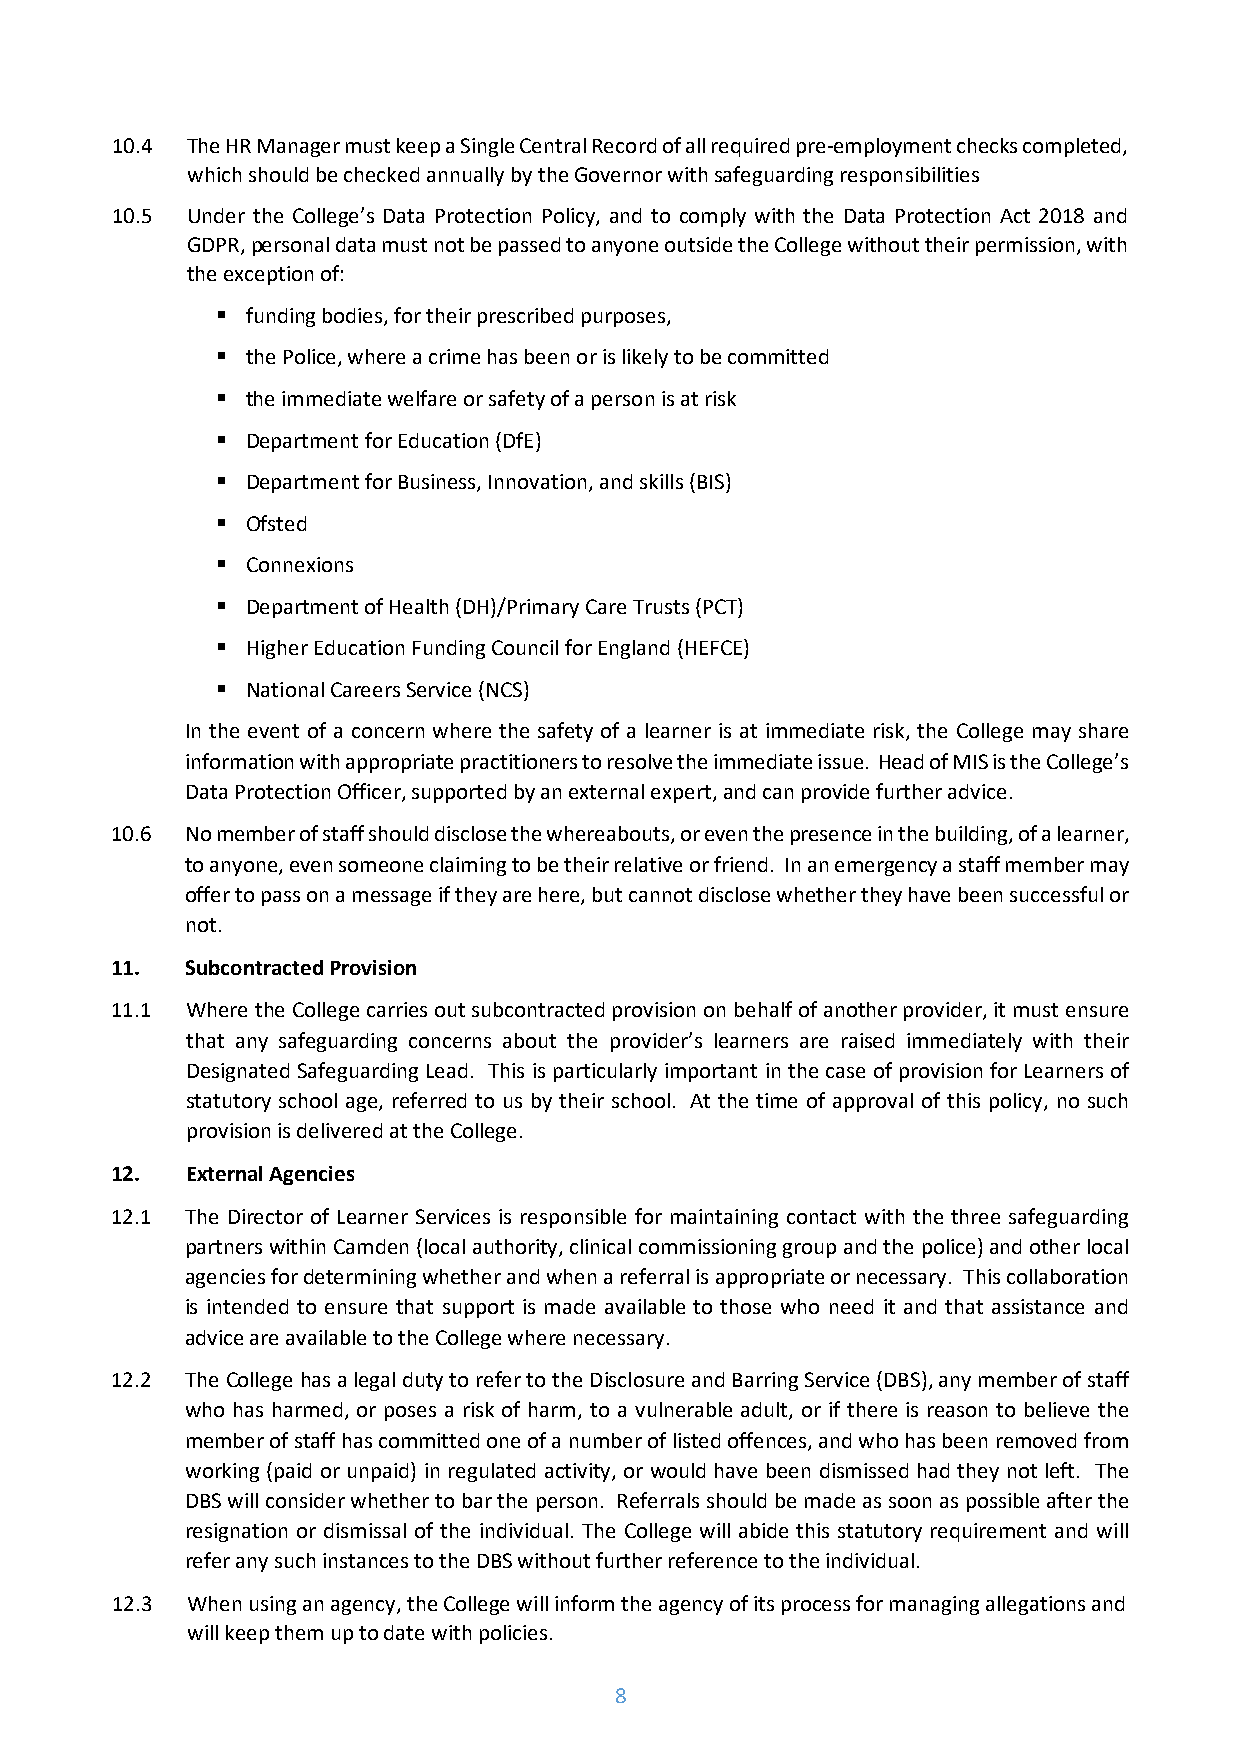
10.4 The HR Manager must keep a Single Central Record of all required pre-employment checks completed,
 which should be checked annually by the Governor with safeguarding responsibilities
 10.5 Under the College’s Data Protection Policy, and to comply with the Data Protection Act 2018 and
 GDPR, personal data must not be passed to anyone outside the College without their permission, with
 the exception of:
  funding bodies, for their prescribed purposes,
  the Police, where a crime has been or is likely to be committed
  the immediate welfare or safety of a person is at risk
  Department for Education (DfE)
  Department for Business, Innovation, and skills (BIS)
  Ofsted
  Connexions
  Department of Health (DH)/Primary Care Trusts (PCT)
  Higher Education Funding Council for England (HEFCE)
  National Careers Service (NCS)
 In the event of a concern where the safety of a learner is at immediate risk, the College may share
 information with appropriate practitioners to resolve the immediate issue. Head of MIS is the College’s
 Data Protection Officer, supported by an external expert, and can provide further advice.
 10.6 No member of staff should disclose the whereabouts, or even the presence in the building, of a learner,
 to anyone, even someone claiming to be their relative or friend. In an emergency a staff member may
 offer to pass on a message if they are here, but cannot disclose whether they have been successful or
 not.
 11.  Subcontracted Provision
 11.1 Where the College carries out subcontracted provision on behalf of another provider, it must ensure
 that any safeguarding concerns about the provider’s learners are raised immediately with their
 Designated Safeguarding Lead. This is particularly important in the case of provision for Learners of
 statutory school age, referred to us by their school. At the time of approval of this policy, no such
 provision is delivered at the College.
 12.  External Agencies
 12.1 The Director of Learner Services is responsible for maintaining contact with the three safeguarding
 partners within Camden (local authority, clinical commissioning group and the police) and other local
 agencies for determining whether and when a referral is appropriate or necessary. This collaboration
 is intended to ensure that support is made available to those who need it and that assistance and
 advice are available to the College where necessary.
 12.2 The College has a legal duty to refer to the Disclosure and Barring Service (DBS), any member of staff
 who has harmed, or poses a risk of harm, to a vulnerable adult, or if there is reason to believe the
 member of staff has committed one of a number of listed offences, and who has been removed from
 working (paid or unpaid) in regulated activity, or would have been dismissed had they not left. The
 DBS will consider whether to bar the person. Referrals should be made as soon as possible after the
 resignation or dismissal of the individual. The College will abide this statutory requirement and will
 refer any such instances to the DBS without further reference to the individual.
 12.3 When using an agency, the College will inform the agency of its process for managing allegations and
 will keep them up to date with policies.
 8